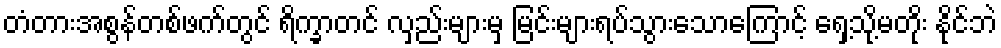
တံတားအစွန်တစ်ဖက်တွင် ရိက္ခာတင် လှည်းများမှ မြင်းများရပ်သွားသောကြောင့် ရှေ့သို့မတိုး နိုင်ဘဲ